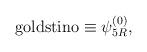
LaTeX: \begin{align*}{\rm goldstino}\equiv\psi^{(0)}_{5R}, \end{align*}